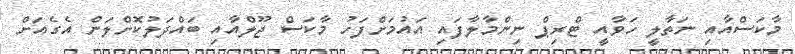
މާކަސްއާއި ނަތާލީ ހަވާއީ ޓްރިޕް ނިންމާލާފައި އައުމަށްފަހު މާކަސް ޖޫލްއާއި ބައްދަލުކޮށްލަން އެގެއަށް